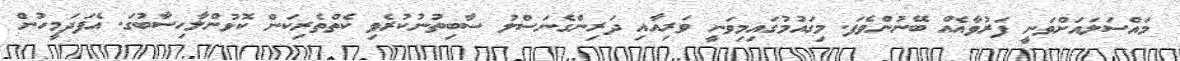
މައްސަލައަށްވަނީ ފަރުވާއެއް ބޭނުންވެފަ. މިގައުމުގައިމިވަނީ ވަރިއާއި ދަރިންގެނަސްލު ސާބިތުނުކުރެވި ކެތްތެރިކަން ކޮޅުންލާހިސާބުގަ. އެފަދަމީހުން